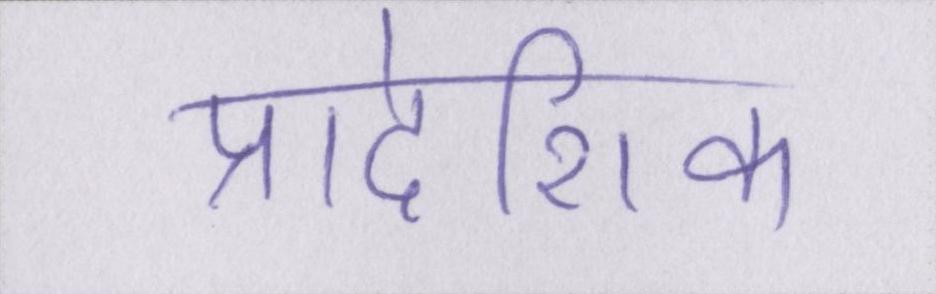
प्रादेशिक